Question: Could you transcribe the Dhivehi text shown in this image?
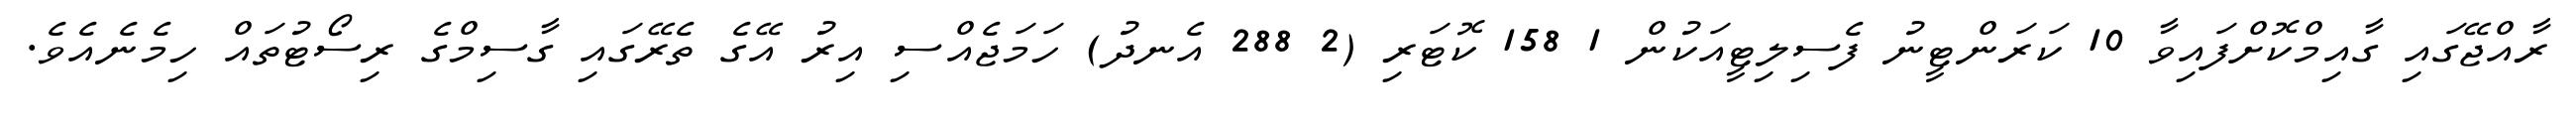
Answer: ރާއްޖޭގައި ގާއިމްކޮށްފައިވާ 10 ކަރަންޓީނު ފެސިލިޓީއަކުން 1 158 ކޮޓަރި (2 288 އެނދު) ހަމަޖެއްސި އިރު އޭގެ ތެރޭގައި ގާސިމްގެ ރިސޯޓުތައް ހިމެނެއެވެ.